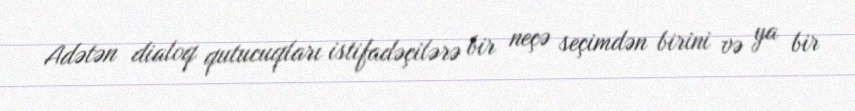
Adətən dialoq qutucuqları istifadəçilərə bir neçə seçimdən birini və ya bir